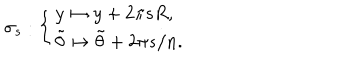
\sigma _ { s } : \left\{ \begin{array} { l } { { y \mapsto y + 2 \pi s R , } } \\ { { \tilde { \theta } \mapsto \tilde { \theta } + 2 \pi s / n . } } \\ \end{array} \right.